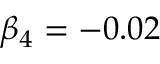
\beta _ { 4 } = - 0 . 0 2